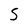
Character: S